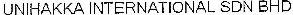
UNIHAKKA INTERNATIONAL SDN BHD